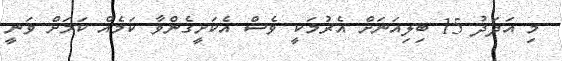
މި އަދަދު 15 ބިލިއަނަށް އެރުމަކީ ވެސް އެކަށީގެންވާ ކަމެއް ކަމަށް ވަނީ